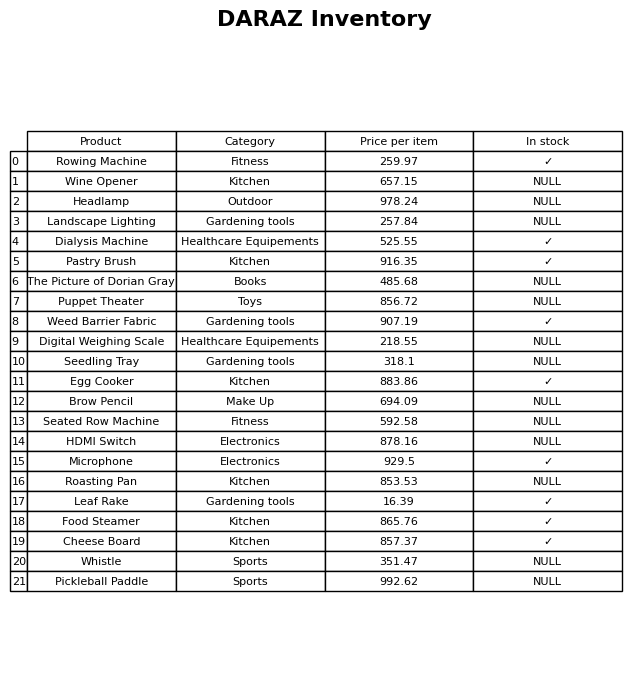
question: What is the price of the Brow Pencil?
answer: The price of Brow Pencil is 694.09.